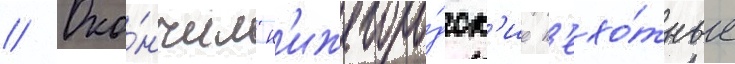
// Око́нчил н'ижегоро́дск'ие п'ехо́тные